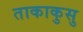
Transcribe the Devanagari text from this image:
ताकाकुसु